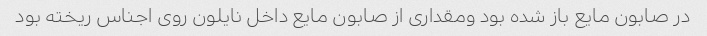
در صابون مایع باز شده بود ومقداری از صابون مایع داخل نایلون روی اجناس ریخته بود